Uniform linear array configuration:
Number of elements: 32
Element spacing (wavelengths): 0.25
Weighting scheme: hann
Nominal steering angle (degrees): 0
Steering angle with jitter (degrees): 1.345
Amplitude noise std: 0.05
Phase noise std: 0.05

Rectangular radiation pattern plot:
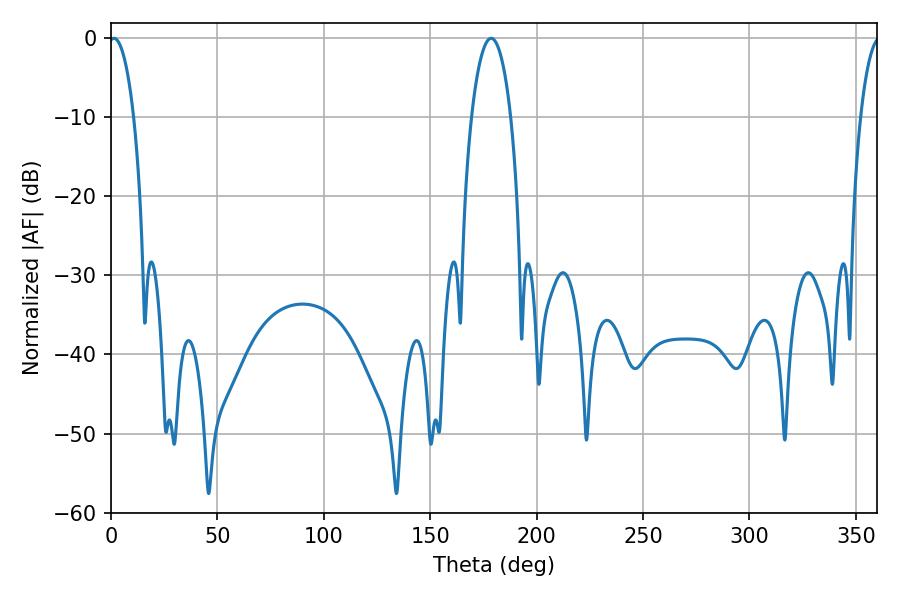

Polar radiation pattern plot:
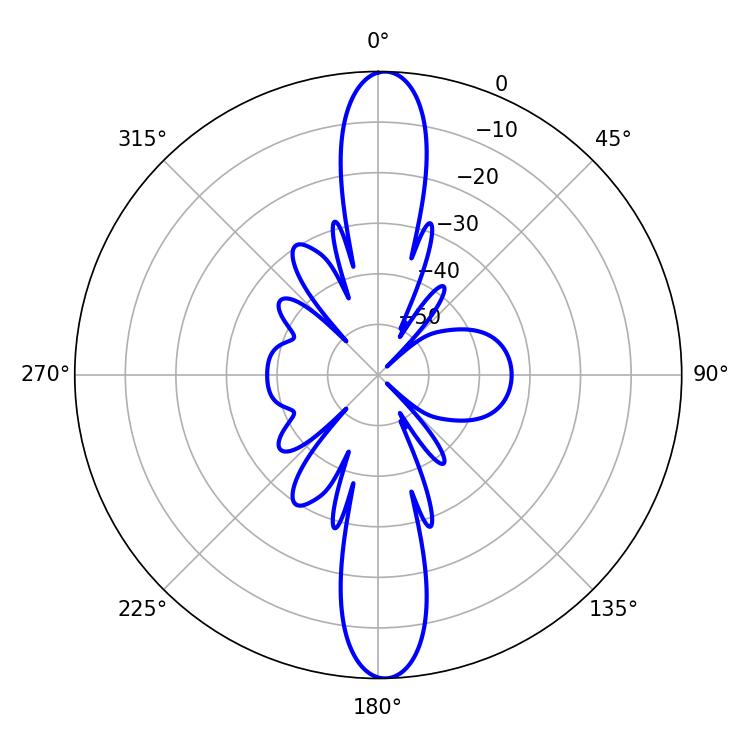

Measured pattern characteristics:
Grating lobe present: FALSE
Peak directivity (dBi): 23.346
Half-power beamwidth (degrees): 6.66
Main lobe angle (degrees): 1.44